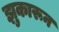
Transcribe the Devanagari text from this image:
झुकारून